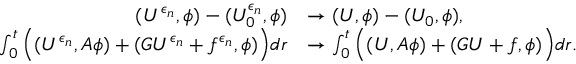
\begin{array} { r l } { ( U ^ { \epsilon _ { n } } , \phi ) - ( U _ { 0 } ^ { \epsilon _ { n } } , \phi ) } & { \to ( U , \phi ) - ( U _ { 0 } , \phi ) , } \\ { \int _ { 0 } ^ { t } \Big ( ( U ^ { \epsilon _ { n } } , A \phi ) + ( G U ^ { \epsilon _ { n } } + f ^ { \epsilon _ { n } } , \phi ) \Big ) d r } & { \to \int _ { 0 } ^ { t } \Big ( ( U , A \phi ) + ( G U + f , \phi ) \Big ) d r . } \end{array}